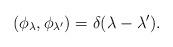
LaTeX: \begin{align*}(\phi_{\lambda},\phi_{\lambda^{\prime}})=\delta(\lambda-\lambda^{\prime}).\end{align*}